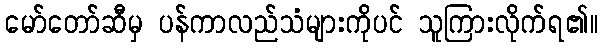
မော်တော်ဆီမှ ပန်ကာလည်သံများကိုပင် သူကြားလိုက်ရ၏။